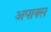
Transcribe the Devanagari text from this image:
अपाक्स